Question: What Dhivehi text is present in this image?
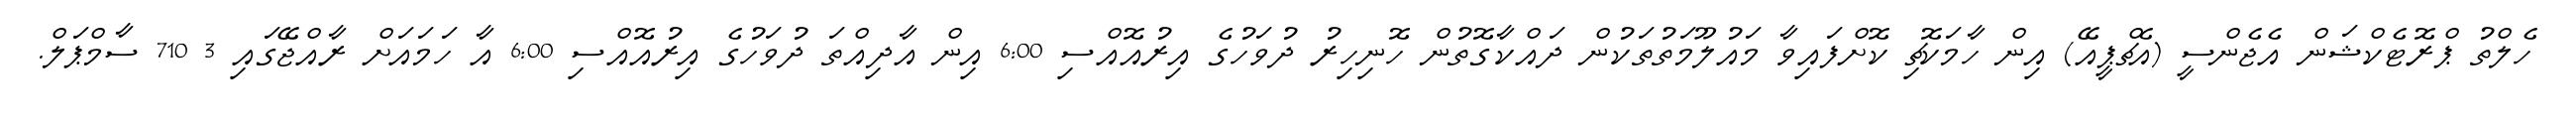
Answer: ހެލްތު ޕްރޮޓެކްޝަން އެޖެންސީ (އެޗްޕީއޭ) އިން ހާމަކޮޗި ކޮށްފައިވާ މައުލޫމަތުތަކުން ދައްކާގޮތުން ހޮނިހިރު ދުވަހުގެ އިރުއޮއްސި 6:00 އިން އާދިއްތަ ދުވަހުގެ އިރުއޮއްސި 6:00 އާ ހަމައަށް ރާއްޖޭގައި 3 710 ސާމްޕަލް.